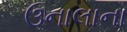
ઉનાલાના